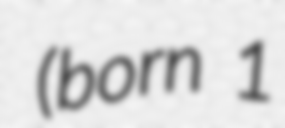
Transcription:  (born 1